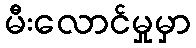
မီးလောင်မှုမှာ